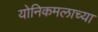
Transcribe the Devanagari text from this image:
योनिकमलाच्या